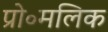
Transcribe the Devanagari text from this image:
प्रो॰मलिक